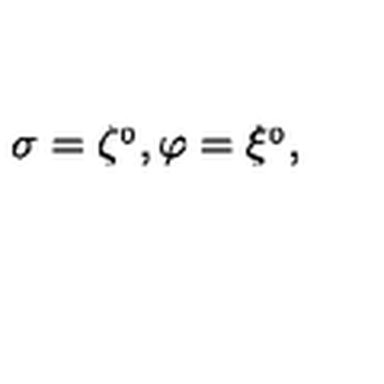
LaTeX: \sigma = \zeta ^ { _ 0 } , \varphi = \xi ^ { _ 0 } ,